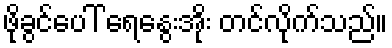
ဖိုခွင်ပေါ် ရေနွေးအိုး တင်လိုက်သည်။